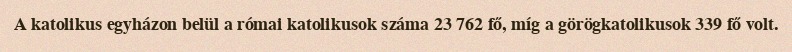
A katolikus egyházon belül a római katolikusok száma 23 762 fő, míg a görögkatolikusok 339 fő volt.